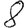
Digit: 8